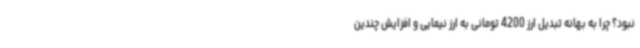
نبود؟ چرا به بهانه تبدیل ارز 4200 تومانی به ارز نیمایی و افزایش چندین